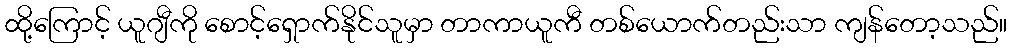
ထို့ကြောင့် ယူဂျီကို စောင့်ရှောက်နိုင်သူမှာ တာကာယူကီ တစ်ယောက်တည်းသာ ကျန်တော့သည်။